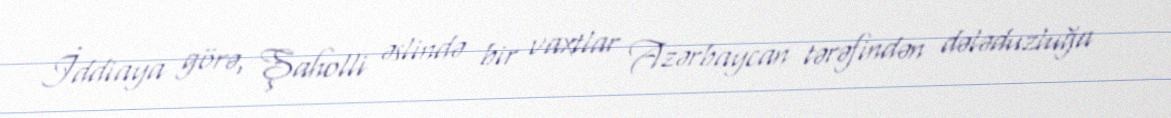
İddiaya görə, Şaholli əslində bir vaxtlar Azərbaycan tərəfindən dələduzluğa